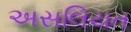
અસલિયત